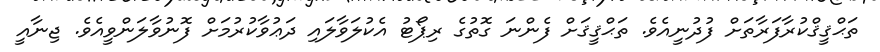
ތަޙްޤީޤްކުރާފަރާތަށް ފުދުނީއެވެ. ތަޙްޤީޤަށް ފެންނަ ގޮތުގެ ރިޕޯޓު އެކުލަވާލައި ދަޢުވާކުރުމަށް ފޮނުވާލަންވީއެވެ. ޖިނާއީ